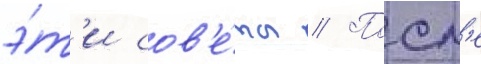
э́т'и сов'е́ты // Посл'е